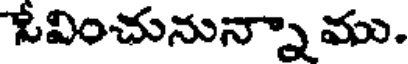
ఓవించునున్నా ము.